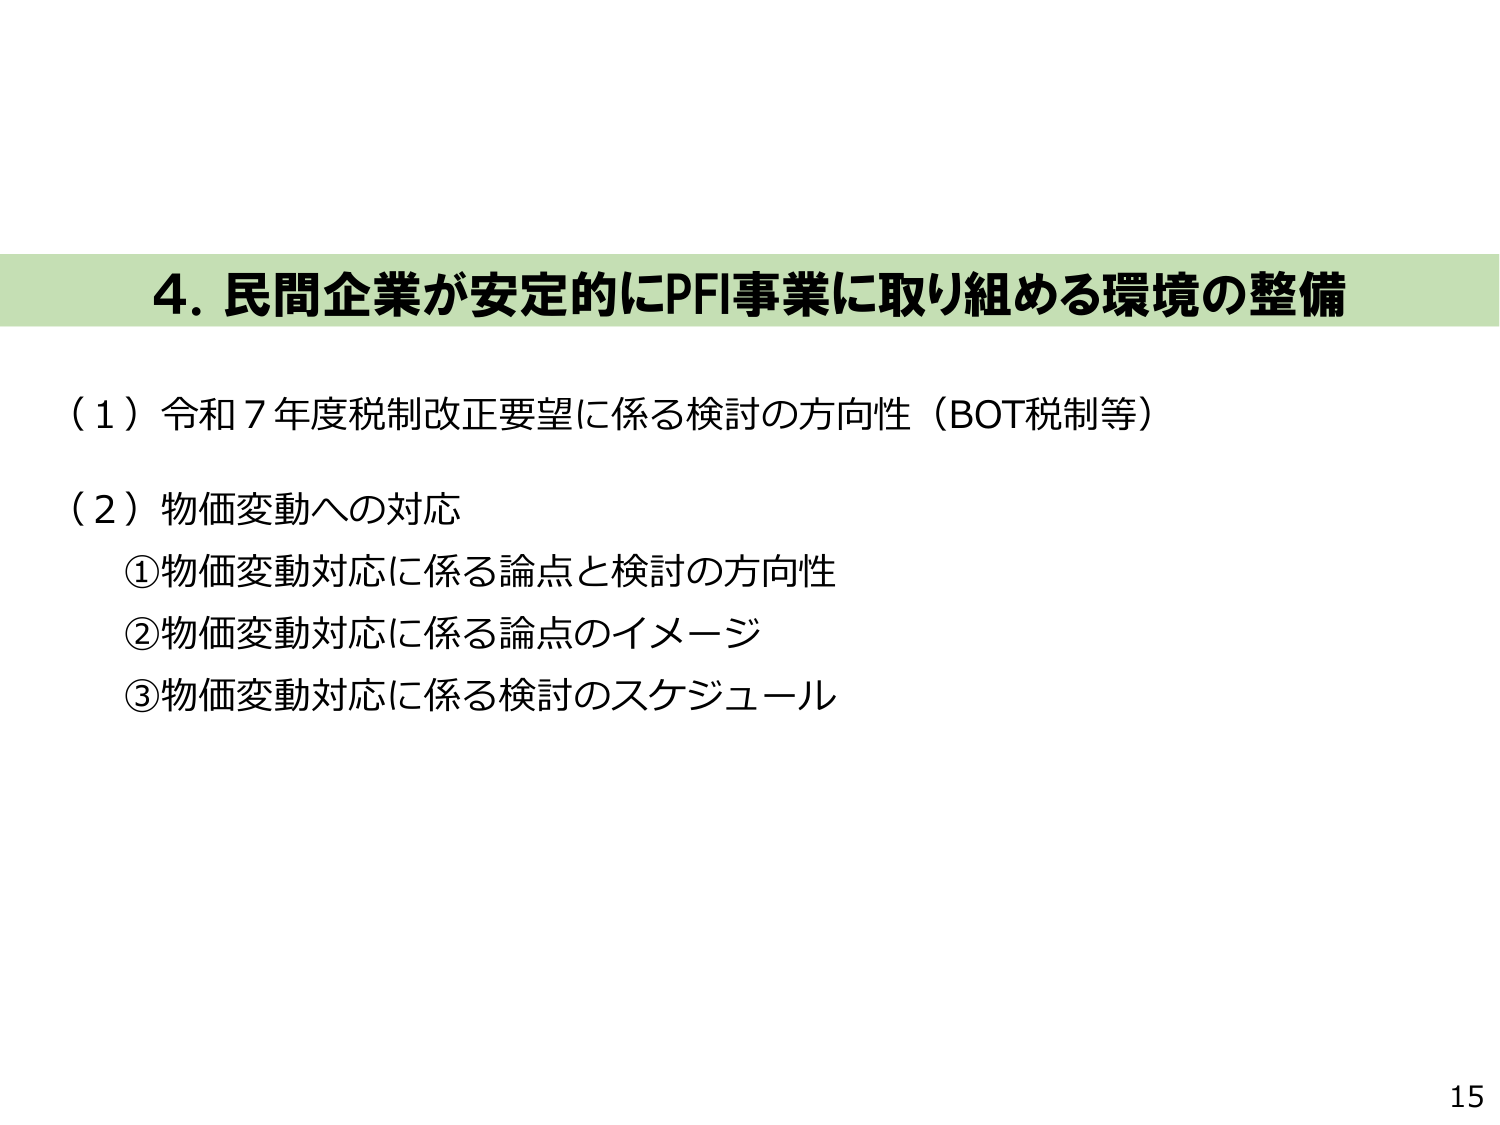
4. 民間企業が安定的にPFI事業に取り組める環境の整備

（1）令和7年度税制改正要望に係る検討の方向性（BOT税制等）

（2）物価変動への対応
①物価変動対応に係る論点と検討の方向性
②物価変動対応に係る論点のイメージ
③物価変動対応に係る検討のスケジュール

15